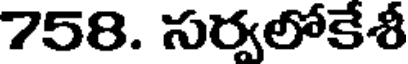
758. సర్వలోకేశీ